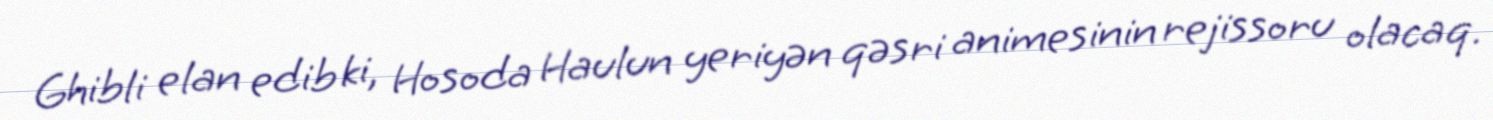
Ghibli elan edib ki, Hosoda Haulun yeriyən qəsri animesinin rejissoru olacaq.